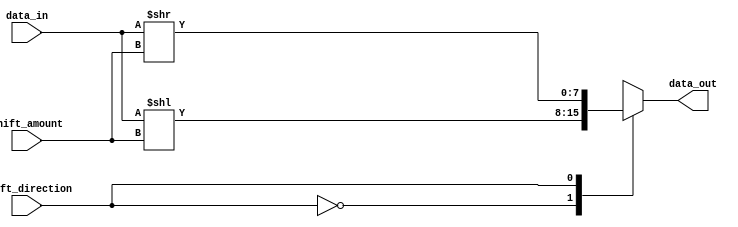
module barrel_shifter (
    input [7:0] data_in,
    input [2:0] shift_amount,
    input shift_direction,
    output reg [7:0] data_out
);

always @(*) begin
    case (shift_direction)
        1'b0 : data_out = data_in << shift_amount;
        1'b1 : data_out = data_in >> shift_amount;
    endcase
end

endmodule